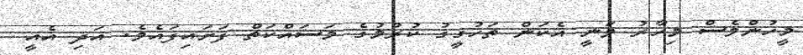
މީހުންވެސް މިހާރު ވަނީ އެކަން ތަހުގީގު ކުރުމުގެ މަސައްކަތް ފަށައިފައެވެ. އަދި އެއީ